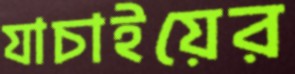
যাচাইয়ের